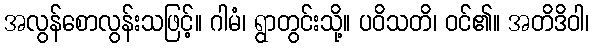
အလွန်စောလွန်းသဖြင့်။ ဂါမံ၊ ရွာတွင်းသို့။ ပဝိသတိ၊ ဝင်၏။ အတိဒိဝါ၊